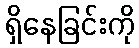
ရှိနေခြင်းကို